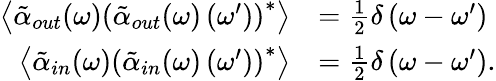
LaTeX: \begin{array}{rl}{\left\langle\tilde{\alpha}_{out}(\omega)\left(\tilde{\alpha}_{out}(\omega)\left(\omega^{\prime}\right)\right)^{*}\right\rangle}&{=\frac{1}{2}\delta\left(\omega-\omega^{\prime}\right)}\\ {\left\langle\tilde{\alpha}_{in}(\omega)\left(\tilde{\alpha}_{in}(\omega)\left(\omega^{\prime}\right)\right)^{*}\right\rangle}&{=\frac{1}{2}\delta\left(\omega-\omega^{\prime}\right).}\end{array}